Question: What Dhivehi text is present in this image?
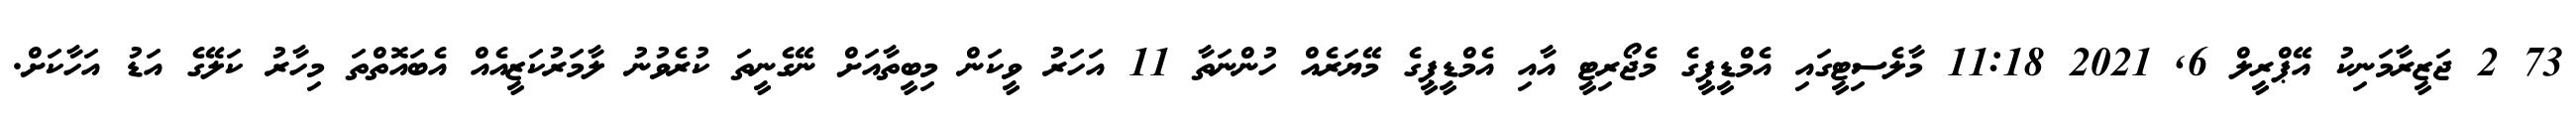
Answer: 73 2 ޖަޒީރާމަނިކު އޭޕްރީލް 6, 2021 11:18 މާލެސިޓީގައި އެމްޑީޕީގެ މެޖޯރިޓީ އާއި އެމްޑީޕީގެ މޭޔަރެއް ހުންނަތާ 11 އަހަރު ވީކަން މިބީތާއަށް ނޭގެނީތަ ކުރެވުނު ލާމަރުކަޒީއެއް އެބައޮތްތަ މިހާރު ކަލޭގެ އަޑު އަހާކަށް.